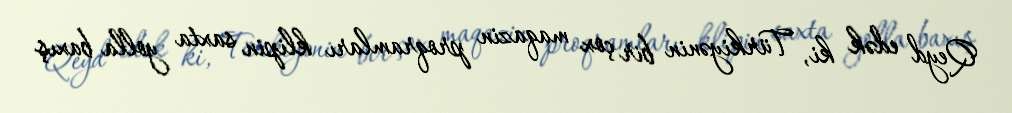
Qeyd edək ki, Türkiyənin bir çox maqazin proqramları klipin saxta yolla baxış